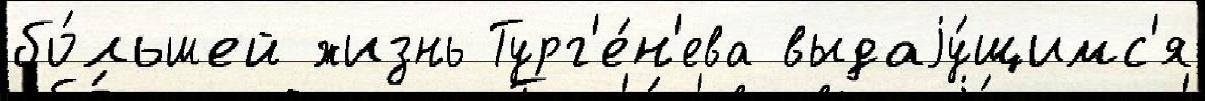
бо́льшей жизнь Тург'е́н'ева выдаjу́щимс'я